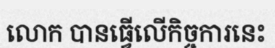
លោក បានធ្វើលើកិច្ចការនេះ